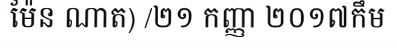
ម៉ែន ណាត) /២១ កញ្ញា ២០១៧កឹម